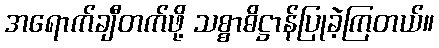
အရောက်ချီတက်ဖို့ သစ္စာဓိဋ္ဌာန်ပြုခဲ့ကြတယ်။